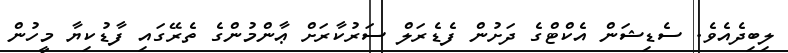
ލިބިދެއެވެ. ސެޑިޝަން އެކްޓްގެ ދަށުން ފެޑެރަލް ސަރުކާރަށް ޢާންމުންގެ ތެރޭގައި ފާޑުކިޔާ މީހުން